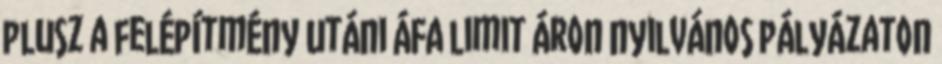
plusz a felépítmény utáni ÁFA limit áron nyilvános pályázaton